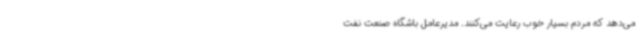
می‌دهد که مردم بسیار خوب رعایت می‌کنند. مدیرعامل باشگاه صنعت نفت